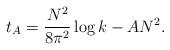
LaTeX: \begin{align*}t_A=\frac{N^2}{8\pi^2} \log k- A N^2.\end{align*}